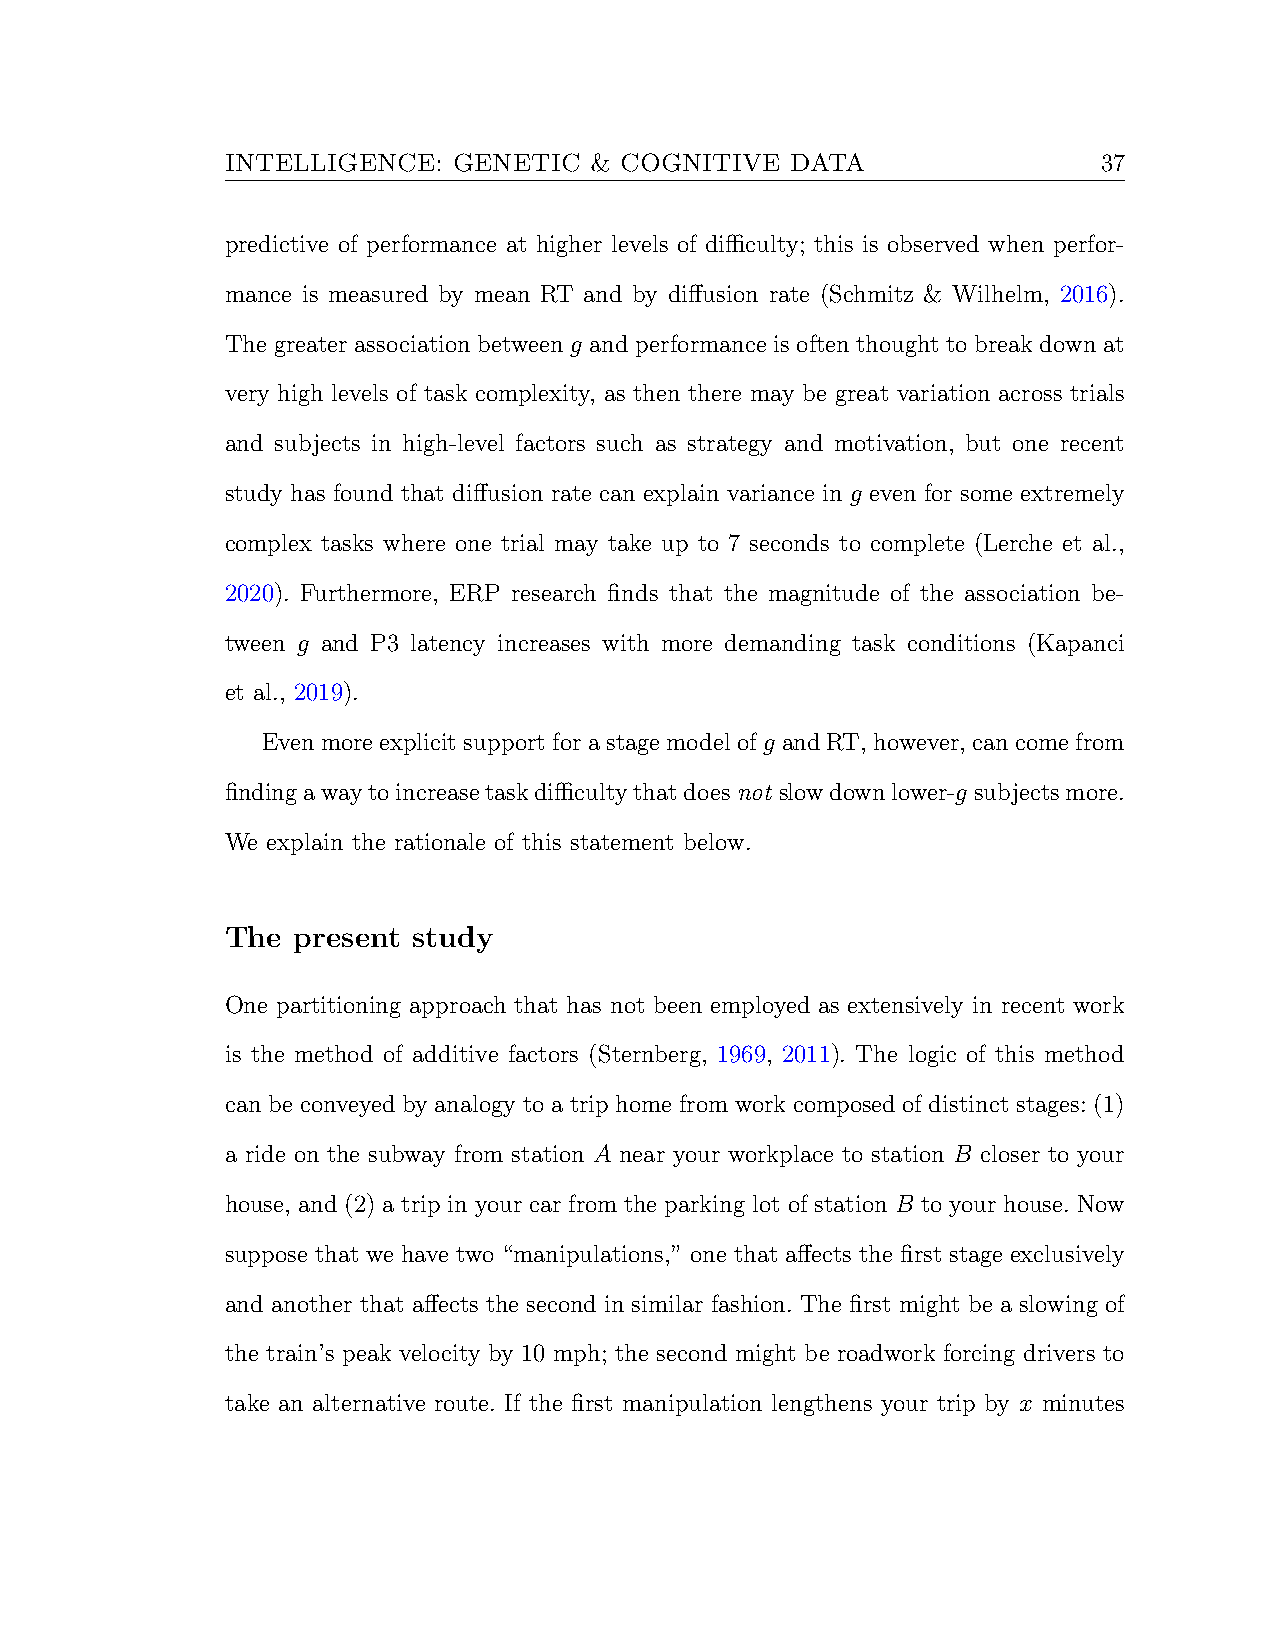
INTELLIGENCE:  GENETIC  & COGNITIVE  DATA                 37
 predictive of performance at higher levels of difficulty; this is observed when perfor-
 mance is measured by mean RT and by diffusion rate (Schmitz & Wilhelm, 2016).
 The greater association between g and performance is often thought to break down at
 very high levels of task complexity, as then there may be great variation across trials
 and subjects in high-level factors such as strategy and motivation, but one recent
 study has found that diffusion rate can explain variance in g even for some extremely
 complex tasks where one trial may take up to 7 seconds to complete (Lerche et al.,
 2020). Furthermore, ERP research finds that the magnitude of the association be-
 tween g and P3 latency increases with more demanding task conditions (Kapanci
 et al., 2019).
 Evenmoreexplicitsupportforastagemodelofg andRT,however,cancomefrom
 findingawaytoincreasetaskdifficultythatdoesnot slowdownlower-g subjectsmore.
 We explain the rationale of this statement below.
 The present study
 One partitioning approach that has not been employed as extensively in recent work
 is the method of additive factors (Sternberg, 1969, 2011). The logic of this method
 can be conveyed by analogy to a trip home from work composed of distinct stages: (1)
 a ride on the subway from station A near your workplace to station B closer to your
 house, and (2) a trip in your car from the parking lot of station B to your house. Now
 suppose that we have two “manipulations,” one that affects the first stage exclusively
 and another that affects the second in similar fashion. The first might be a slowing of
 the train’s peak velocity by 10 mph; the second might be roadwork forcing drivers to
 take an alternative route. If the first manipulation lengthens your trip by x minutes